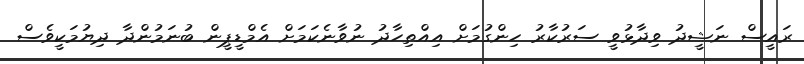
ރައީސް ނަޝީދު ވިދާޅުވީ ސަރުކާރު ހިންގުމަށް އިއްތިހާދު ނުވާނެކަމަށް އެމްޑީޕީން ބުނަމުންދާ ދިޔުމަކީވެސް